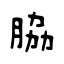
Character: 脇